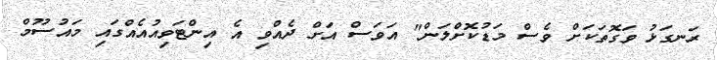
ރަނގަޅު ވަގޮތަކަށް ވެސް މަޑުކޮށްލަން" އަވަސް އަށް ދެއްވި އެ އިންޓަވިއުއެއްގައި މައުސޫމް